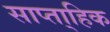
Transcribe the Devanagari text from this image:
साप्ता्हिक